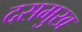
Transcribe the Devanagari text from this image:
दसमुख